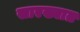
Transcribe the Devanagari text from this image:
सारख्यात